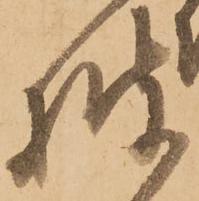
披